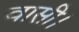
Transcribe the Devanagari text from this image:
वासी।